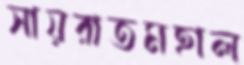
সায়রাতমহাল